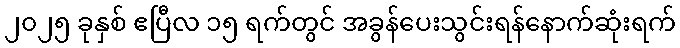
၂၀၂၅ ခုနှစ် ဧပြီလ ၁၅ ရက်တွင် အခွန်ပေးသွင်းရန်နောက်ဆုံးရက်